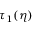
\tau _ { 1 } ( \eta )